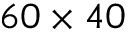
6 0 \times 4 0